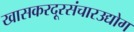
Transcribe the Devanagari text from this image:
खासकरदूरसंचारउद्योग